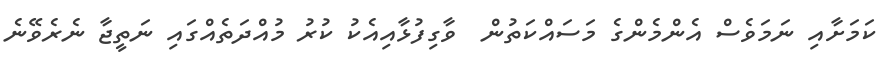
ކަަމަށާއި ނަމަވެސް އެންމެންގެ މަސައްކަތުން  ވާގިފުޅާއިއެކު ކުރު މުއްދަތެއްގައި ނަތީޖާ ނެރެވޭނެ